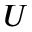
U